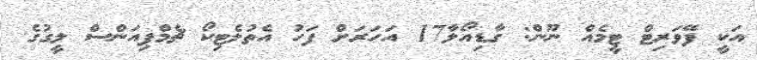
އަކީ ފޭވަރިޓް ޓީމެއް ނޫން: ގާޑިއޯލާ17 އަހަރަށް ފަހު އެތުލެޓިކޯ ޗެމްޕިއަންސް ލީގުގެ